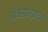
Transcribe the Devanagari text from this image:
ऑक्‍सफर्डमधील